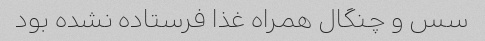
سس و چنگال همراه غذا فرستاده نشده بود